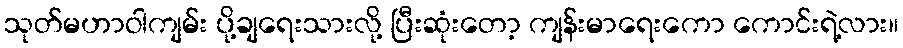
သုတ်မဟာဝါကျမ်း ပို့ချရေးသားလို့ ပြီးဆုံးတော့ ကျန်းမာရေးကော ကောင်းရဲ့လား။